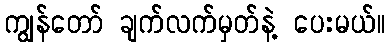
ကျွန်တော် ချက်လက်မှတ်နဲ့ ပေးမယ်။